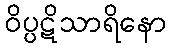
ဝိပ္ပဋိသာရိနော